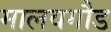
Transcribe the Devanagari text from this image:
मालवगौड